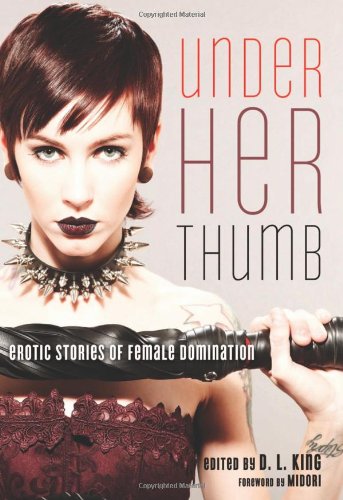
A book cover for Under Her Thumb: Erotic Stories of Female Domination; Romance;